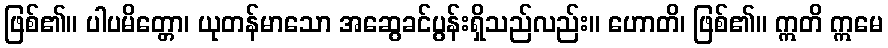
ဖြစ်၏။ ပါပမိတ္တော၊ ယုတန်မာသော အဆွေခင်ပွန်းရှိသည်လည်း။ ဟောတိ၊ ဖြစ်၏။ ဣတိ ဣမေ